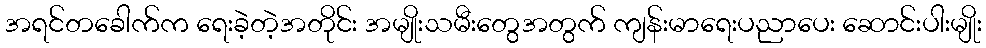
အရင်တခေါက်က ရေးခဲ့တဲ့အတိုင်း အမျိုးသမီးတွေအတွက် ကျန်းမာရေးပညာပေး ဆောင်းပါးမျိုး